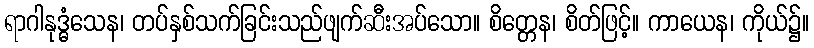
ရာဂါနုဒ္ဓံသေန၊ တပ်နှစ်သက်ခြင်းသည်ဖျက်ဆီးအပ်သော။ စိတ္တေန၊ စိတ်ဖြင့်။ ကာယေန၊ ကိုယ်၌။